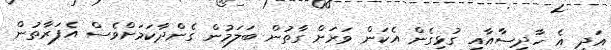
އަދި އެ ހާދިސާއާއި ގުޅިގެން އެކަން ވަރަށް ގާތުން ބަލަމުން ގެންދާކަމަށްވެސް އެފަރާތުން